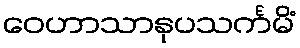
ဝေဟာသာနုပသင်္ကမိံ